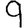
Digit: 9